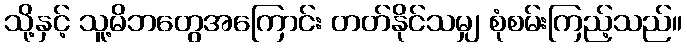
သို့နှင့် သူ့မိဘတွေအကြောင်း တတ်နိုင်သမျှ စုံစမ်းကြည့်သည်။